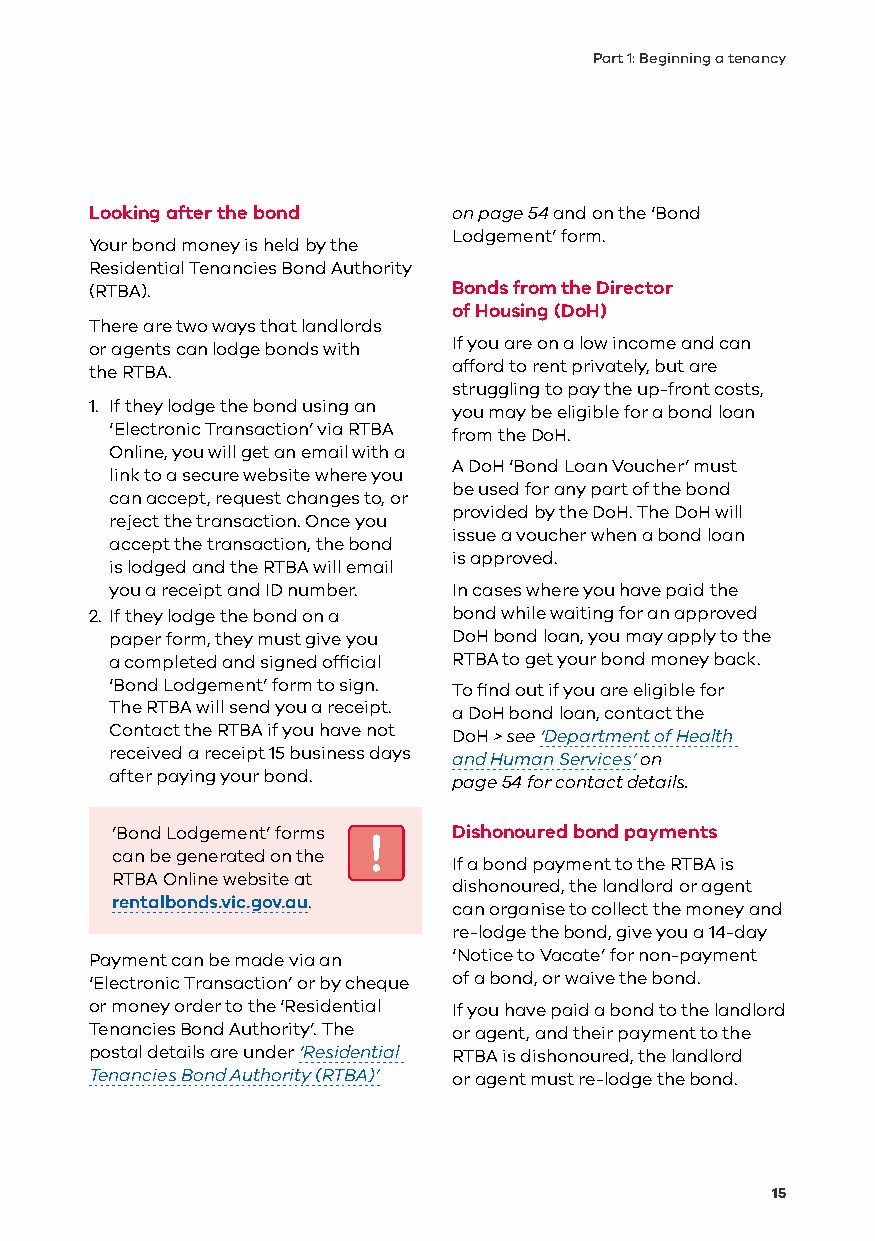
Part 1: Beginning a tenancy
 Looking after the bond  on page 54 and on the ‘Bond
 Lodgement’ form.
 Your bond money is held by the
 Residential Tenancies Bond Authority
 (RTBA).                 Bonds from the Director
 of Housing (DoH)
 There are two ways that landlords
 or agents can lodge bonds with If you are on a low income and can
 the RTBA.               afford to rent privately, but are
 struggling to pay the up-front costs,
 1. If they lodge the bond using an you may be eligible for a bond loan
 ‘Electronic Transaction’ via RTBA from the DoH.
 Online, you will get an email with a
 A DoH ‘Bond Loan Voucher’ must
 link to a secure website where you
 be used for any part of the bond
 can accept, request changes to, or
 provided by the DoH. The DoH will
 reject the transaction. Once you
 issue a voucher when a bond loan
 accept the transaction, the bond
 is approved.
 is lodged and the RTBA will email
 you a receipt and ID number. In cases where you have paid the
 2. If they lodge the bond on a bond while waiting for an approved
 paper form, they must give you DoH bond loan, you may apply to the
 a completed and signed official RTBA to get your bond money back.
 ‘Bond Lodgement’ form to sign. To find out if you are eligible for
 The RTBA will send you a receipt. a DoH bond loan, contact the
 Contact the RTBA if you have not DoH > see ‘Department of Health
 received a receipt 15 business days and Human Services’ on
 after paying your bond. page 54 for contact details.
 ’Bond Lodgement’ forms Dishonoured bond payments
 can be generated on the
 If a bond payment to the RTBA is
 RTBA Online website at
 dishonoured, the landlord or agent
 rentalbonds.vic.gov.au.
 can organise to collect the money and
 re-lodge the bond, give you a 14-day
 Payment can be made via an ‘Notice to Vacate’ for non-payment
 ‘Electronic Transaction’ or by cheque of a bond, or waive the bond.
 or money order to the ‘Residential If you have paid a bond to the landlord
 Tenancies Bond Authority’. The or agent, and their payment to the
 postal details are under ‘Residential RTBA is dishonoured, the landlord
 Tenancies Bond Authority (RTBA)’ or agent must re-lodge the bond.
 15